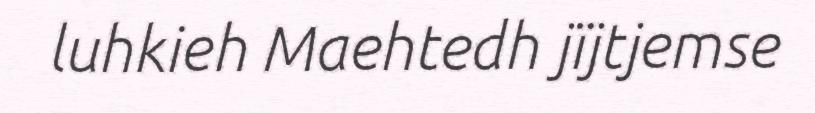
luhkieh Maehtedh jïjtjemse